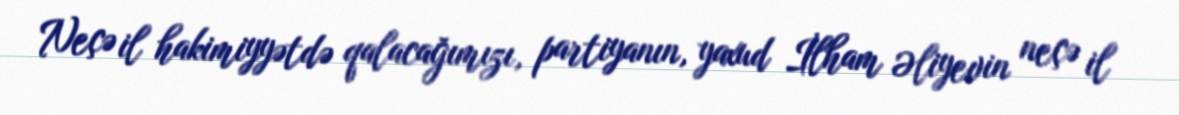
Neçə il hakimiyyətdə qalacağımızı, partiyanın, yaxud İlham Əliyevin neçə il